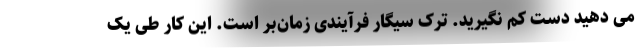
می دهید دست کم نگیرید. ترک سیگار فرآیندی زمان‌بر است. این کار طی یک